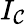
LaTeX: I_{\mathcal{C}}